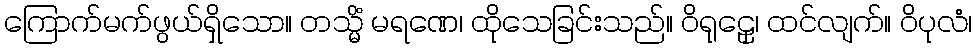
ကြောက်မက်ဖွယ်ရှိသော။ တသ္မိံ မရဏေ၊ ထိုသေခြင်းသည်။ ဝိရုဠှေ၊ ထင်လျက်။ ဝိပုလံ၊